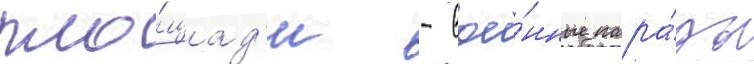
пло́щад'и - вое́нные пара́ды